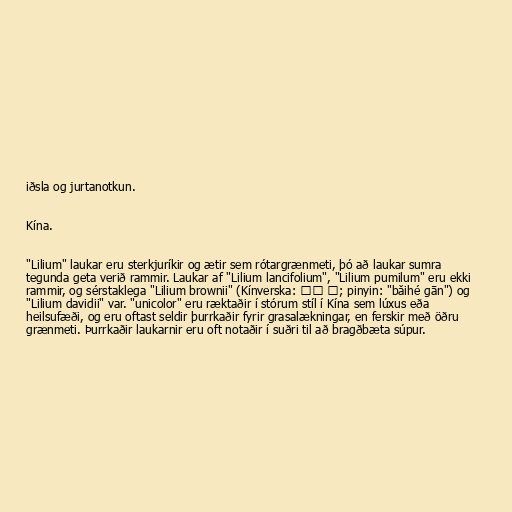
iðsla og jurtanotkun.

Kína.

"Lilium" laukar eru sterkjuríkir og ætir sem rótargrænmeti, þó að laukar sumra
tegunda geta verið rammir. Laukar af "Lilium lancifolium", "Lilium pumilum" eru ekki
rammir, og sérstaklega "Lilium brownii" (Kínverska: 百合 干; pinyin: "bǎihé gān") og
"Lilium davidii" var. "unicolor" eru ræktaðir í stórum stíl í Kína sem lúxus eða
heilsufæði, og eru oftast seldir þurrkaðir fyrir grasalækningar, en ferskir með öðru
grænmeti. Þurrkaðir laukarnir eru oft notaðir í suðri til að bragðbæta súpur.